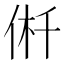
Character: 𠉟